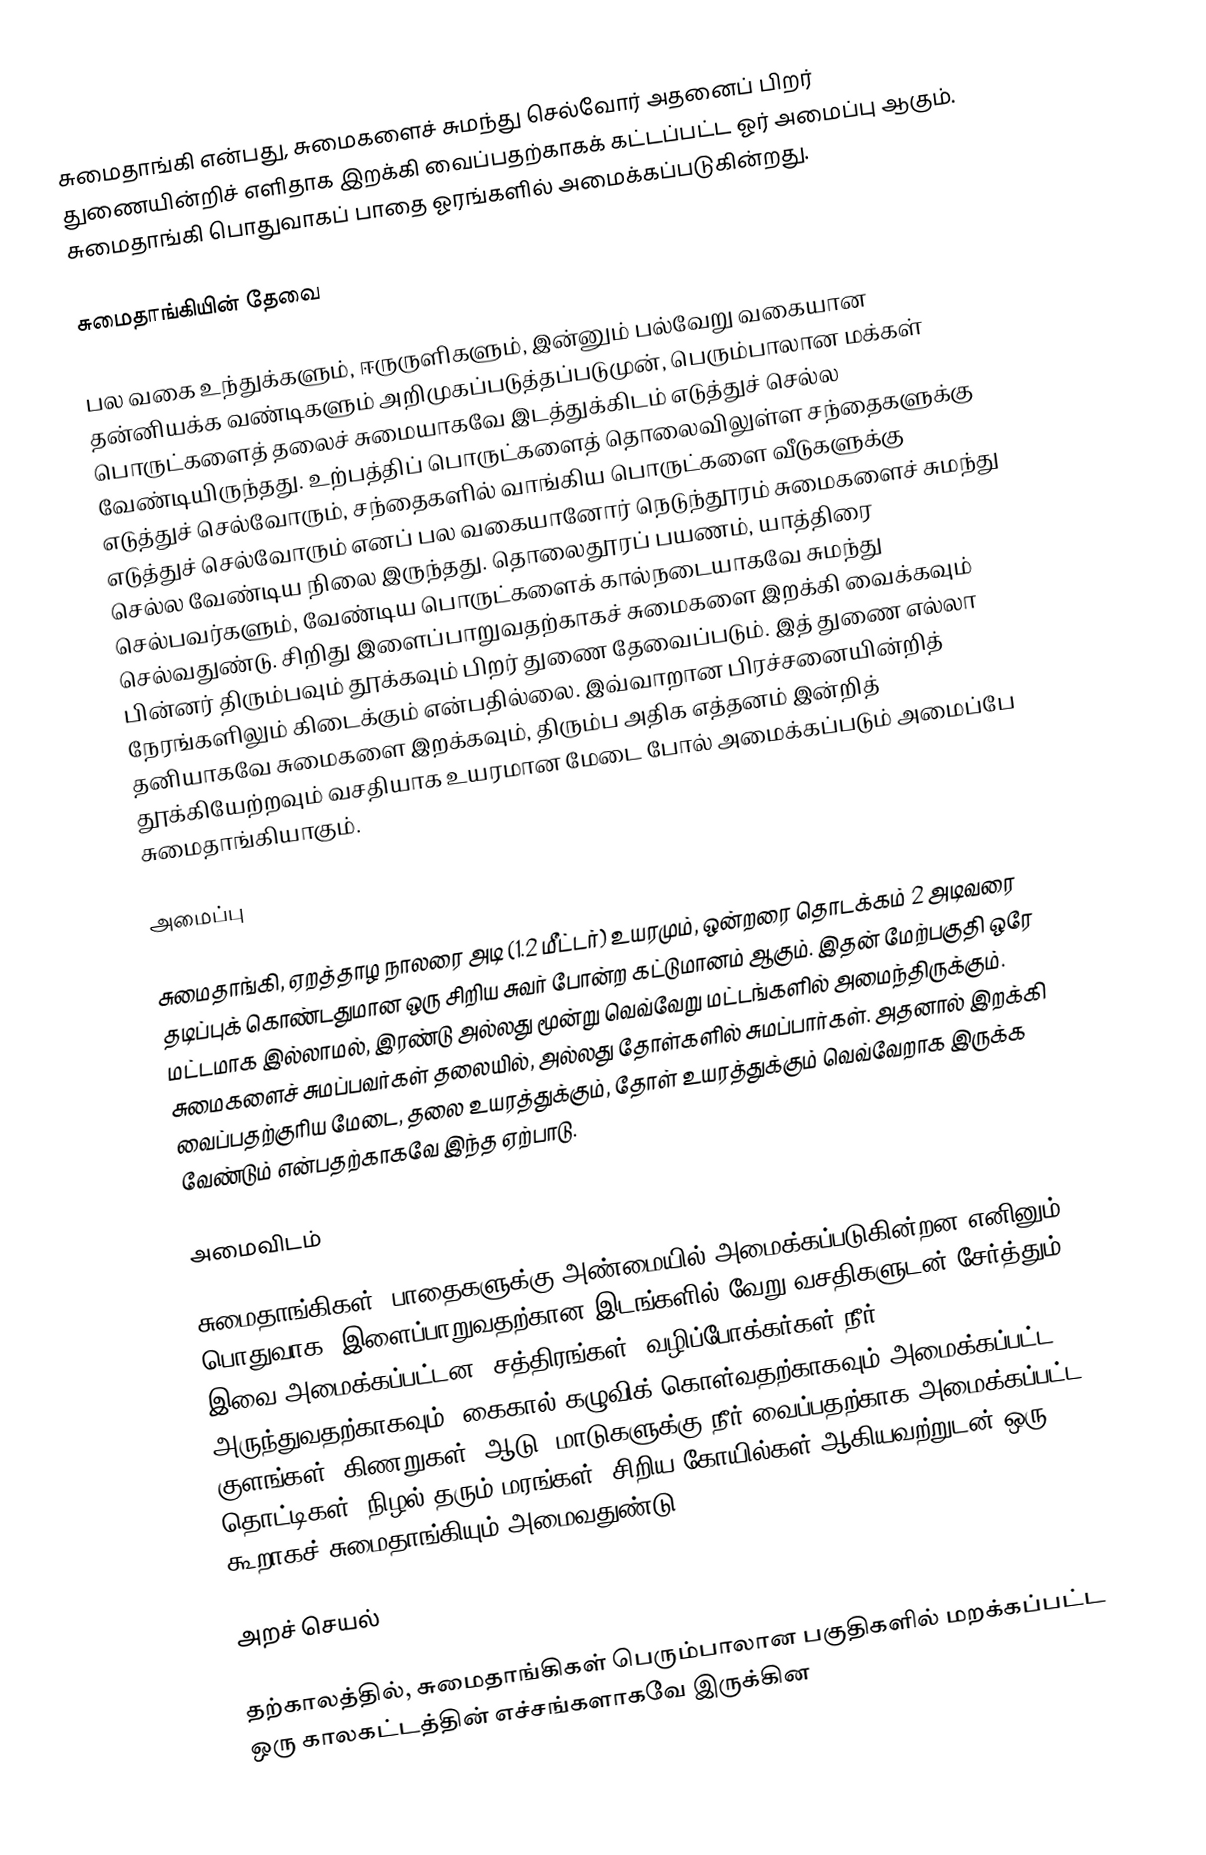
சுமைதாங்கி என்பது, சுமைகளைச் சுமந்து செல்வோர் அதனைப் பிறர் துணையின்றிச் எளிதாக இறக்கி வைப்பதற்காகக் கட்டப்பட்ட ஓர் அமைப்பு ஆகும். சுமைதாங்கி பொதுவாகப் பாதை ஓரங்களில் அமைக்கப்படுகின்றது.

சுமைதாங்கியின் தேவை

பல வகை உந்துக்களும், ஈருருளிகளும், இன்னும் பல்வேறு வகையான தன்னியக்க வண்டிகளும் அறிமுகப்படுத்தப்படுமுன், பெரும்பாலான மக்கள் பொருட்களைத் தலைச் சுமையாகவே இடத்துக்கிடம் எடுத்துச் செல்ல வேண்டியிருந்தது. உற்பத்திப் பொருட்களைத் தொலைவிலுள்ள சந்தைகளுக்கு எடுத்துச் செல்வோரும், சந்தைகளில் வாங்கிய பொருட்களை வீடுகளுக்கு எடுத்துச் செல்வோரும் எனப் பல வகையானோர் நெடுந்தூரம் சுமைகளைச் சுமந்து செல்ல வேண்டிய நிலை இருந்தது. தொலைதூரப் பயணம், யாத்திரை செல்பவர்களும், வேண்டிய பொருட்களைக் கால்நடையாகவே சுமந்து செல்வதுண்டு. சிறிது இளைப்பாறுவதற்காகச் சுமைகளை இறக்கி வைக்கவும் பின்னர் திரும்பவும் தூக்கவும் பிறர் துணை தேவைப்படும். இத் துணை எல்லா நேரங்களிலும் கிடைக்கும் என்பதில்லை. இவ்வாறான பிரச்சனையின்றித் தனியாகவே சுமைகளை இறக்கவும், திரும்ப அதிக எத்தனம் இன்றித் தூக்கியேற்றவும் வசதியாக உயரமான மேடை போல் அமைக்கப்படும் அமைப்பே சுமைதாங்கியாகும்.

அமைப்பு

சுமைதாங்கி, ஏறத்தாழ நாலரை அடி (1.2 மீட்டர்) உயரமும், ஒன்றரை தொடக்கம் 2 அடிவரை தடிப்புக் கொண்டதுமான ஒரு சிறிய சுவர் போன்ற கட்டுமானம் ஆகும். இதன் மேற்பகுதி ஒரே மட்டமாக இல்லாமல், இரண்டு அல்லது மூன்று வெவ்வேறு மட்டங்களில் அமைந்திருக்கும். சுமைகளைச் சுமப்பவர்கள் தலையில், அல்லது தோள்களில் சுமப்பார்கள். அதனால் இறக்கி வைப்பதற்குரிய மேடை, தலை உயரத்துக்கும், தோள் உயரத்துக்கும் வெவ்வேறாக இருக்க வேண்டும் என்பதற்காகவே இந்த ஏற்பாடு.

அமைவிடம்

சுமைதாங்கிகள், பாதைகளுக்கு அண்மையில் அமைக்கப்படுகின்றன எனினும், பொதுவாக, இளைப்பாறுவதற்கான இடங்களில் வேறு வசதிகளுடன் சேர்த்தும் இவை அமைக்கப்பட்டன. சத்திரங்கள், வழிப்போக்கர்கள் நீர் அருந்துவதற்காகவும், கைகால் கழுவிக் கொள்வதற்காகவும் அமைக்கப்பட்ட குளங்கள், கிணறுகள், ஆடு, மாடுகளுக்கு நீர் வைப்பதற்காக அமைக்கப்பட்ட தொட்டிகள், நிழல் தரும் மரங்கள், சிறிய கோயில்கள் ஆகியவற்றுடன் ஒரு கூறாகச் சுமைதாங்கியும் அமைவதுண்டு.

அறச் செயல்

தற்காலத்தில், சுமைதாங்கிகள் பெரும்பாலான பகுதிகளில் மறக்கப்பட்ட ஒரு காலகட்டத்தின் எச்சங்களாகவே இருக்கின